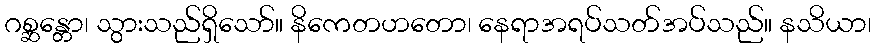
ဂစ္ဆန္တော၊ သွားသည်ရှိသော်။ နိကေတဟတော၊ နေရာအရပ်သတ်အပ်သည်။ နသိယာ၊